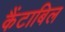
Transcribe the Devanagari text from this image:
कैंटाबिल